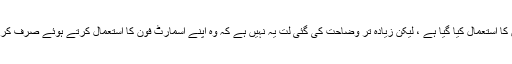
اگرچہ مطالعات میں خود سے متعلق مختلف سوالناموں کا استعمال کیا گیا ہے ، لیکن زیادہ تر وضاحت کی گئی لت یہ نہیں ہے کہ وہ اپنے اسمارٹ فون کا استعمال کرتے ہوئے صرف کرتے ہیں ، بلکہ "ڈومینز" کے نام سے جانے جاتے ہیں۔